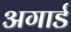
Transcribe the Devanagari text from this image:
अगार्ड